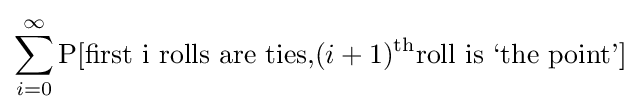
\sum _{i=0}^{\infty }\operatorname {P} [{\text{first i rolls are ties,}}(i+1)^{\text{th}}{\text{roll is ‘the point’}}]